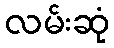
လမ်းဆုံ